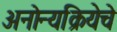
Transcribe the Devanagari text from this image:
अनोन्यक्रियेचे